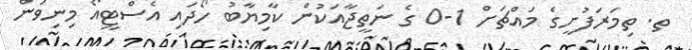
ތ. ތިމަރަފުށީގެ މައްޗަށް 1-0 ގެ ނަތީޖާއަކުން ކާމިޔާބު ހޯދައި އެސްޓީއޯ މިނިވަން